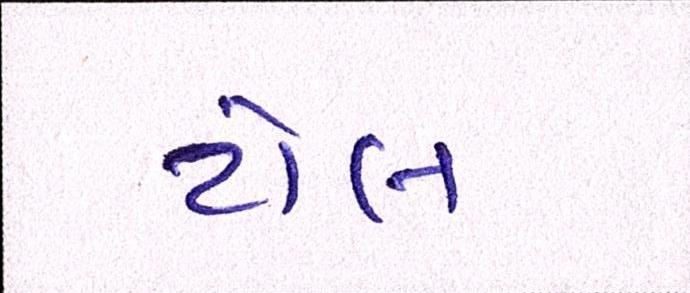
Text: ટોલ